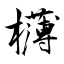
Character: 欂